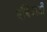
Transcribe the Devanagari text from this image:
बोंबेवाडी